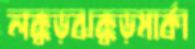
লক্কড়ঝক্কড়মার্কা